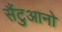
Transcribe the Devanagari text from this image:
सैंटुआनो